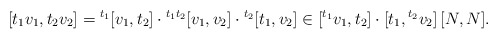
\begin{align*}[t_1v_1,t_2v_2]={}^{t_1}[v_1,t_2]\cdot {}^{t_1t_2}[v_1,v_2]\cdot{}^{t_2}[t_1,v_2]\in [^{t_1}v_1,t_2]\cdot[t_1,{}^{t_2}v_2]\,[N,N].\end{align*}